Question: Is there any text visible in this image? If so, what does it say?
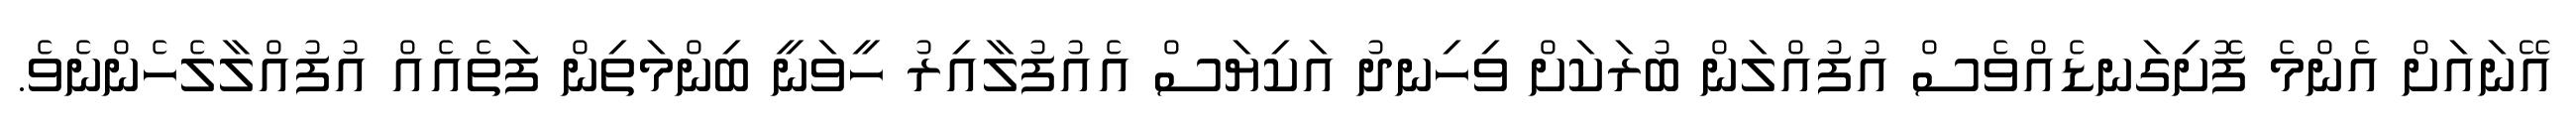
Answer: އޭނައަށް އެންމެ ފޮށިގަނޑެއްވެސް އުފުއްލަން ބުރަކަށް ވިހިނދު އަކިޔަސް އެއުފުލާއިރު ހީވަނީ ބިންމަތިން ފަތެއެއް އުފުއްލާލެހެންނެވެ.